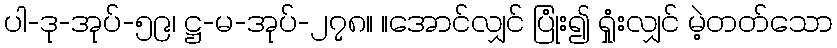
ပါ-ဒု-အုပ်-၅၉၊ ဋ္ဌ-မ-အုပ်-၂၇၈။ ။အောင်လျှင် ပြုံး၍ ရှုံးလျှင် မဲ့တတ်သော